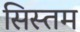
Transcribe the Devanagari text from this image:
सिस्तम